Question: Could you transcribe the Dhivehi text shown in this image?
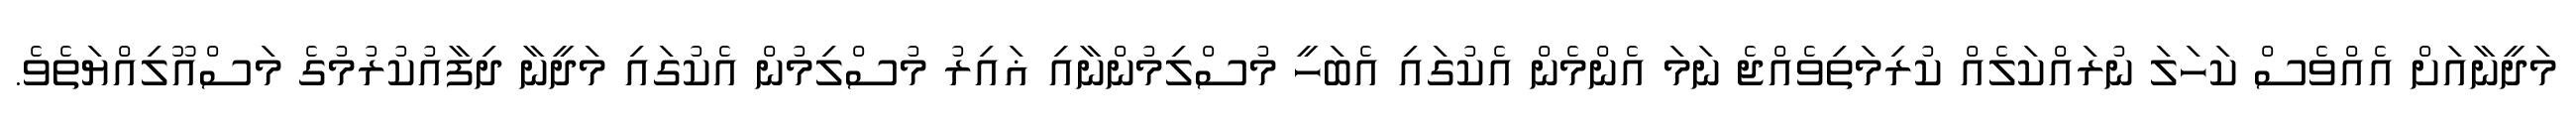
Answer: މަދީނާއަށް އެއްވެސް ކަހަލަ ނުރައްކަލެއް ކުރިމަތިވެއްޖެ ނަމަ އެންމެން އެކުގައި އެބަހީ މުސްލިމުންނާއި ޣައިރު މުސްލިމުން އެކުގައި މަދީނާ ދިފާއުކުރުމުގެ މަސްއޫލިއްޔަތެވެ.